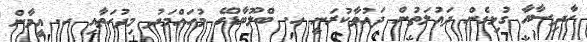
ހާދިސާއާ ގުޅިގެން ދައުލަތުން ދައުވާކުރަނީ ހ. ބްލޫބާޑުގޭ މުހައްމަދު މިދުހަތާއި ހ. އީމާން